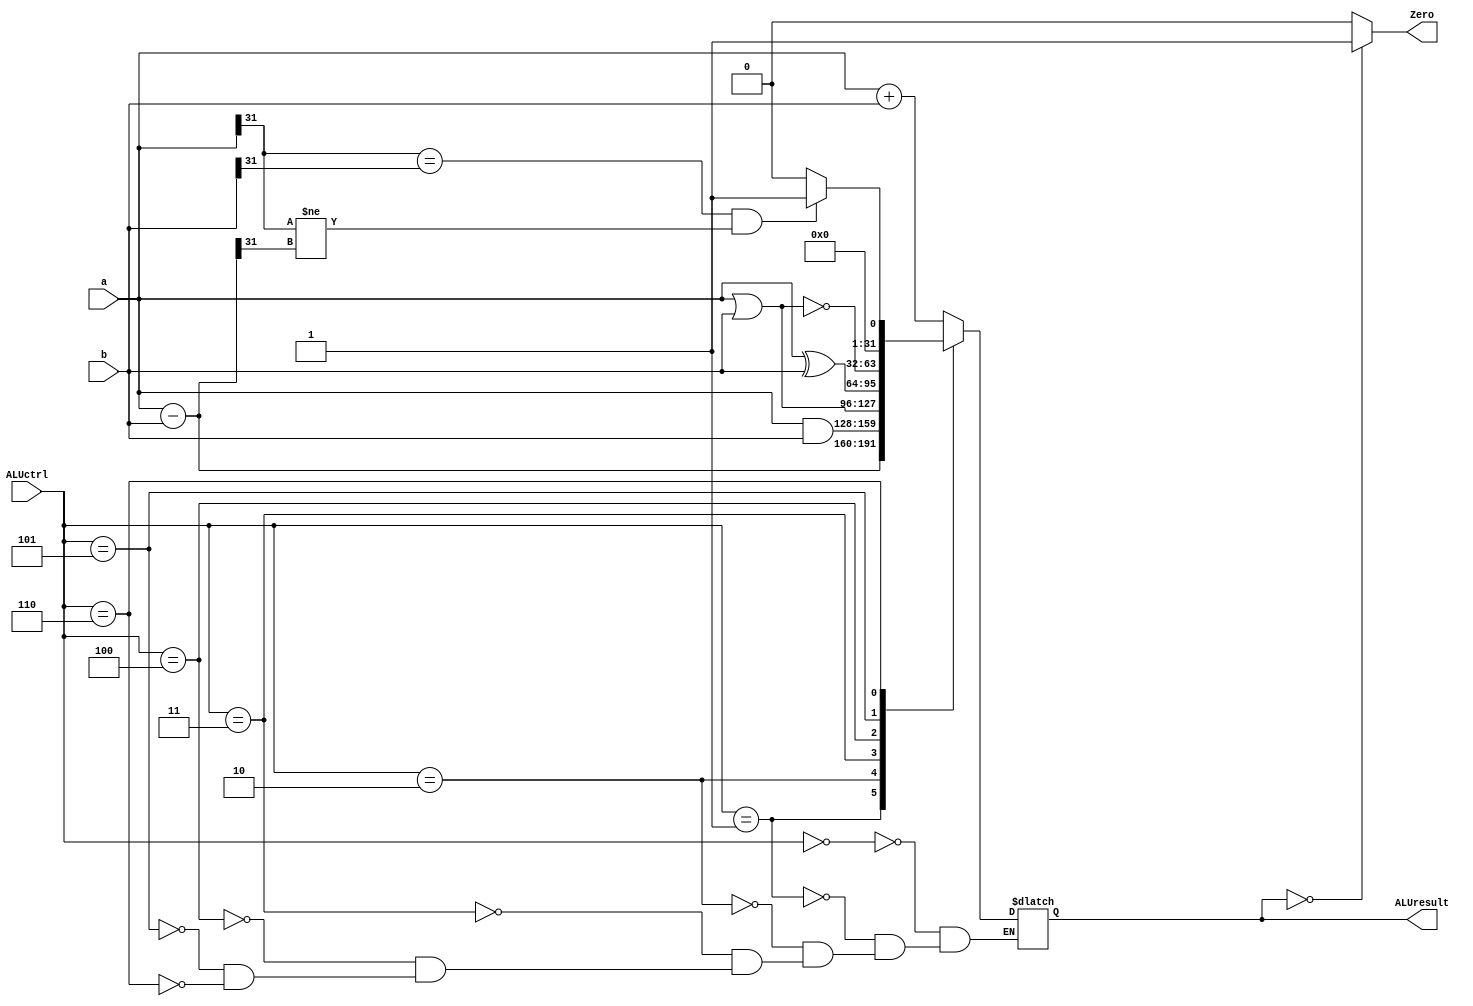
`timescale 1ns / 1ps
//////////////////////////////////////////////////////////////////////////////////
// Company: 
// Engineer: 
// 
// Design Name: 
// Module Name: ALU
// Project Name: 
// Target Devices: 
// Tool Versions: 
// Description: 
// 
// Dependencies: 
// 
// Revision:
// Revision 0.01 - File Created
// Additional Comments:
// 
//////////////////////////////////////////////////////////////////////////////////


module ALU(
    input [2:0] ALUctrl,
    input [31:0] a,
    input [31:0] b,
    output reg [31:0] ALUresult,
    output Zero//zero
    );
    wire [31:0] yadd,ysub,yand,yor,ynor,yxor;
    reg V;//signed,
    assign yadd=a+b;
    assign ysub=a-b;
    assign yand=a&b;
    assign yor=a|b;
    assign ynor=~(a|b);
    assign yxor=a^b;
    assign Zero=(ALUresult==0? 1:0);
    
    always @ (*)
    begin
        V=0;
        case (ALUctrl)
            3'b000: ALUresult=yadd;
            3'b001: ALUresult=ysub;
            3'b010: ALUresult=yand;
            3'b011: ALUresult=yor;
            3'b100: ALUresult=yxor;
            3'b101: ALUresult=ynor;
            3'b110:
            begin
                if (a[31]==b[31] && a[31]!=ysub[31]) ALUresult = 1;//slt
                else ALUresult = 0;
            end
        endcase
    end
endmodule